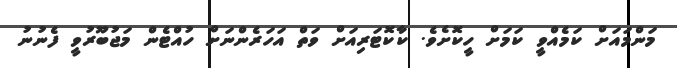
މަންމައަށް ކަމެއްވީ ކަމަށް ހީކޮށެވެ. ކާކޮޓަރިއަށް ވަތް އަހަރެންނަށް ހުއްޓެން މަޖުބޫރުވީ ފެނުނު